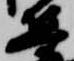
集